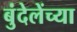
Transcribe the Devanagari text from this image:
बुंदेलेंच्या